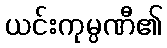
ယင်းကုမ္ပဏီ၏